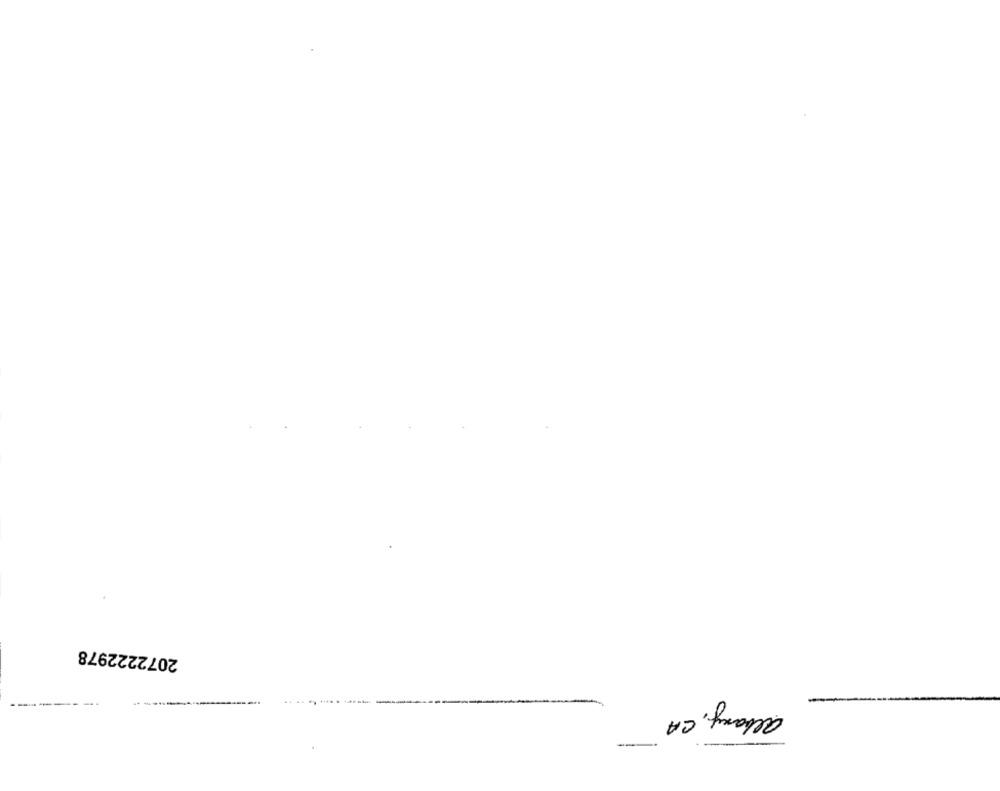
2072222978
albany, CA